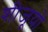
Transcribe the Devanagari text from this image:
शीजूयो